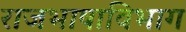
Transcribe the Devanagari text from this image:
राजभाषाविभाग